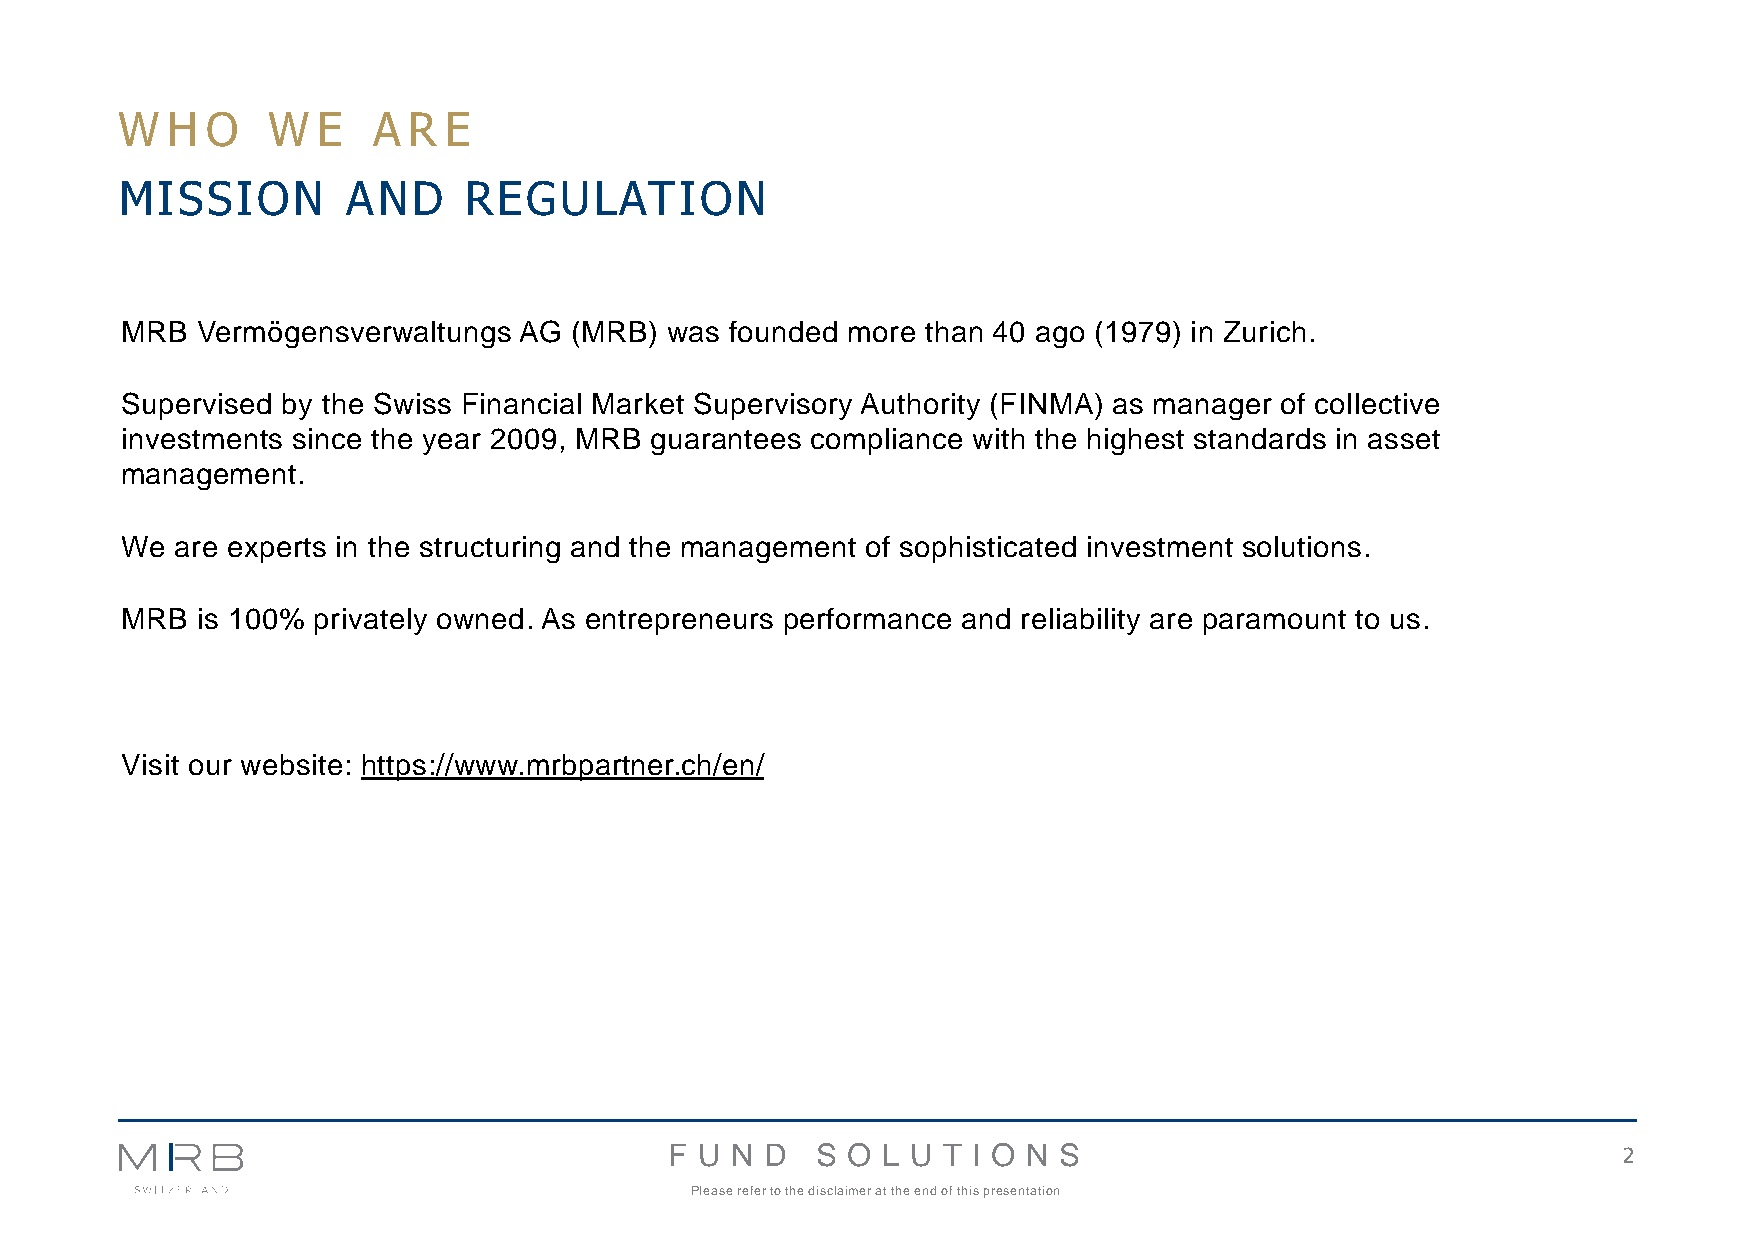
W  H  O   W  E   A R E
 MISSION        AND     REGULATION
 MRB  Vermögensverwaltungs AG  (MRB) was founded more than 40 ago (1979) in Zurich.
 Supervised by the Swiss Financial Market Supervisory Authority (FINMA) as manager of collective
 investments since the year 2009, MRB guarantees compliance with the highest standards in asset
 management.
 We  are experts in the structuring and the management of sophisticated investment solutions.
 MRB  is 100% privately owned. As entrepreneurs performance and reliability are paramount to us.
 Visit our website: https://www.mrbpartner.ch/en/
 F U N  D  S O L U T I O N S                                    2
 Please refer to the disclaimer at the end of this presentation